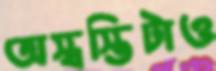
অস্বস্তিটাও